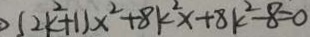
( 2 k ^ { 2 } + 1 ) x ^ { 2 } + 8 k ^ { 2 } x + 8 k ^ { 2 } - 8 = 0